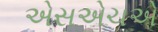
એસએચએ